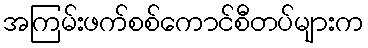
အကြမ်းဖက်စစ်ကောင်စီတပ်များက